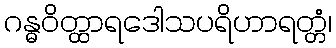
ဂန္ဓဝိတ္ထာရဒေါသပရိဟာရတ္တံ၊